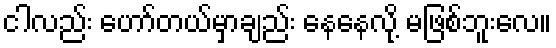
ငါလည်း ဟော်တယ်မှာချည်း နေနေလို့ မဖြစ်ဘူးလေ။